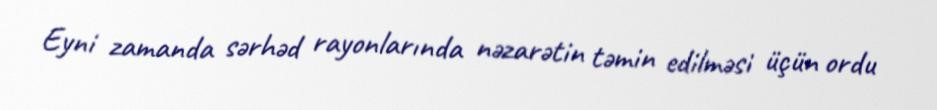
Eyni zamanda sərhəd rayonlarında nəzarətin təmin edilməsi üçün ordu